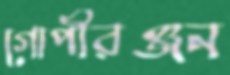
গোপীরঞ্জন